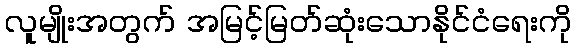
လူမျိုးအတွက် အမြင့်မြတ်ဆုံးသောနိုင်ငံရေးကို